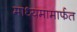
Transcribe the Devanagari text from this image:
माध्यमामार्फत